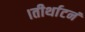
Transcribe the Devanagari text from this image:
।तीर्थाटनं